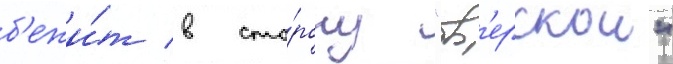
б'ежи́т в сто́рону "тв'ерскои"